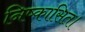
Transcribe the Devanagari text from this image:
निष्कासित।